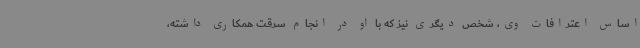
اساس اعترافات وی، شخص دیگری نیز که با او در انجام سرقت همکاری داشته،